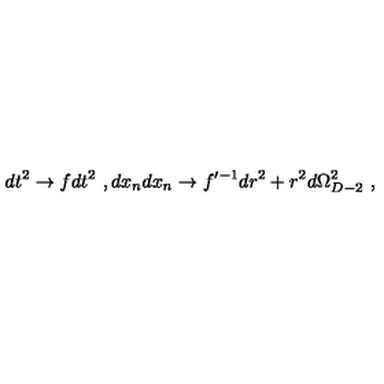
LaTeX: d t ^ { 2 } \to f d t ^ { 2 } \ , d x _ { n } d x _ { n } \to f ^ { \prime - 1 } d r ^ { 2 } + r ^ { 2 } d \Omega _ { D - 2 } ^ { 2 } \ ,